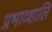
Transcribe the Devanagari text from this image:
प्रभाव्शालि